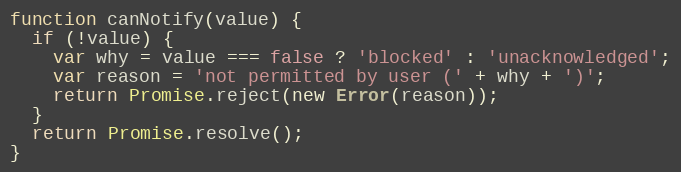
Language: JavaScript
function canNotify(value) {
  if (!value) {
    var why = value === false ? 'blocked' : 'unacknowledged';
    var reason = 'not permitted by user (' + why + ')';
    return Promise.reject(new Error(reason));
  }
  return Promise.resolve();
}